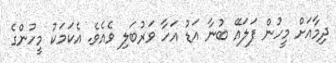
ދިމާއަށް މީހުން ފަލައޭ ބުނާ އަޑު އަހާ ވަރުބަލި ވެއެވެ. އެކަމަކު މީހުންގެ